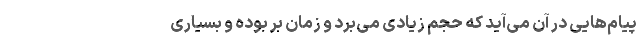
پیام‌هایی در آن می‌آید که حجم زیادی می‌برد و زمان بر بوده و بسیاری